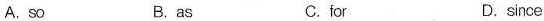
A. so B. as C. for D. since